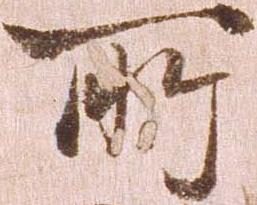
所